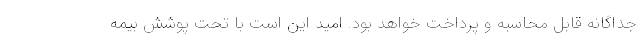
جداگانه قابل محاسبه و پرداخت خواهد بود. امید این است با تحت پوشش بیمه